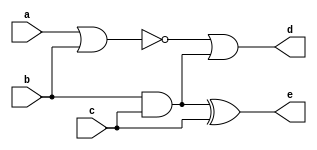
module muj_obvod(input a, b, c, output d, e);

   assign d = ~(a | b) | (b & c);
   assign e = (b & c) ^ c;

endmodule